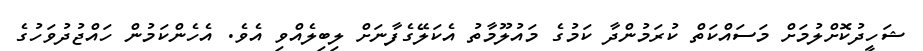
ޝަހީދުކޮށްލުމަށް މަސައްކަތް ކުރަމުންދާ ކަމުގެ މައުލޫމާތު އެކަލޭގެފާނަށް ލިބިލެއްވި އެވެ. އެހެންކަމުން ހައްޖުދުވަހުގެ